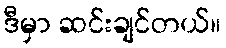
ဒီမှာ ဆင်းချင်တယ်။